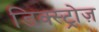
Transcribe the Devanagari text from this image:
डिक्स्ट्रोज़